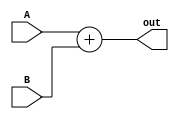
// @author: Shubhayu

module adder(A, B, out);
    input [31:0]A, B;
    output [31:0]out;
    assign out = A+B;
endmodule